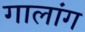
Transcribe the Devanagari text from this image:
गालांग